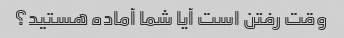
وقت رفتن است آیا شما آماده هستید؟